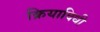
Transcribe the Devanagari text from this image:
क्रियाविधी